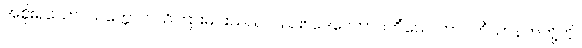
အစိုးရသော။ သက္ကောပိ၊ သိကြားမင်းသည်လည်း။ ဒေဝေတာဝတိံသေ၊ တာဝတိံသာနတ်တို့ကို။